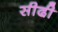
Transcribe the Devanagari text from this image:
सीढी़